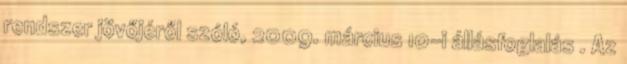
rendszer jövőjéről szóló, 2009. március 10-i állásfoglalás . Az